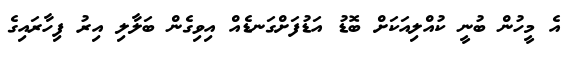
އެ މީހުން ބުނީ ކުއްލިއަކަށް ބޮޑު އަޑުފަށްގަނޑެއް އިވިގެން ބަލާލި އިރު ފިހާރައިގެ